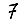
Digit: 7